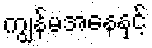
ကျွန်မအနေနှင့်